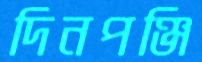
দিনপঞ্জি